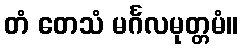
တံ တေသံ မင်္ဂလမုတ္တမံ။